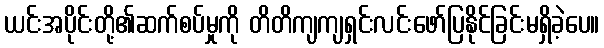
ယင်းအပိုင်းတို့၏ဆက်စပ်မှုကို တိတိကျကျရှင်းလင်းဖော်ပြနိုင်ခြင်းမရှိခဲ့ပေ။